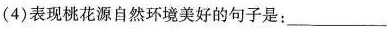
(4)表现桃花源自然环境美好的句子是：___